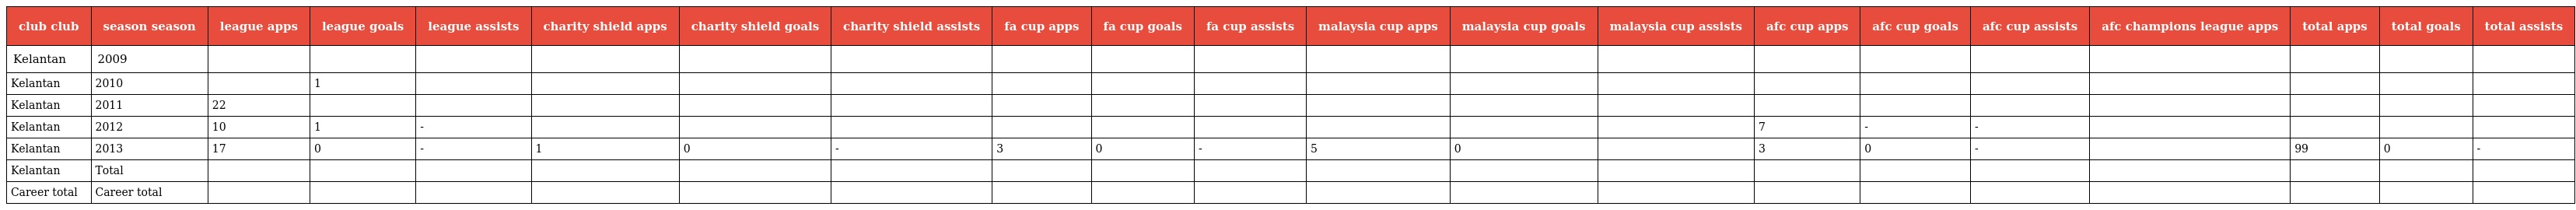
| club club | season season | league apps | league goals | league assists | charity shield apps | charity shield goals | charity shield assists | fa cup apps | fa cup goals | fa cup assists | malaysia cup apps | malaysia cup goals | malaysia cup assists | afc cup apps | afc cup goals | afc cup assists | afc champions league apps | total apps | total goals | total assists |
 | --- | --- | --- | --- | --- | --- | --- | --- | --- | --- | --- | --- | --- | --- | --- | --- | --- | --- | --- | --- | --- |
 | Kelantan | 2009 |  |  |  |  |  |  |  |  |  |  |  |  |  |  |  |  |  |  |  |
 | Kelantan | 2010 |  | 1 |  |  |  |  |  |  |  |  |  |  |  |  |  |  |  |  |  |
 | Kelantan | 2011 | 22 |  |  |  |  |  |  |  |  |  |  |  |  |  |  |  |  |  |  |
 | Kelantan | 2012 | 10 | 1 | - |  |  |  |  |  |  |  |  |  | 7 | - | - |  |  |  |  |
 | Kelantan | 2013 | 17 | 0 | - | 1 | 0 | - | 3 | 0 | - | 5 | 0 |  | 3 | 0 | - |  | 99 | 0 | - |
 | Kelantan | Total |  |  |  |  |  |  |  |  |  |  |  |  |  |  |  |  |  |  |  |
 | Career total | Career total |  |  |  |  |  |  |  |  |  |  |  |  |  |  |  |  |  |  |  |